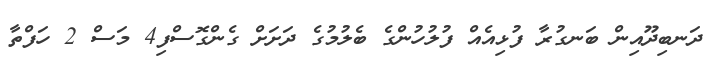
ދަނބިދޫއިން ބަނގުރާ ފުޅިއެއް ފުލުހުންގެ ބެލުމުގެ ދަށަށް ގެންގޮސްފި4 މަސް 2 ހަފްތާ